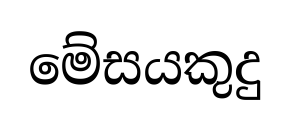
මේසයකුදු